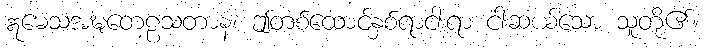
ဣမေသအဍ္ဎတေဠသတာနံ၊ ဤတစ်ထောင့်နှစ်ရာငါးရာ ငါးဆယ်သော သူတို့၏။